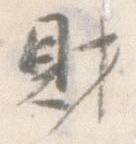
財